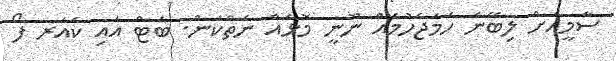
ސާމީއަށް ލިބޭނެ ހަމަޖެހުމެއް ނޫނީ މޮޅެއް ނެތްކަން. ބަޓް އައި ކެއަރ ފޯ